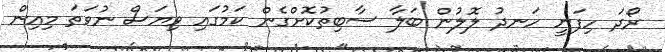
ރޯދަ ހިފަނީ ހަނދު ލޮލުން ބަލާ ސާބިތުކޮށްގެން ކަމުގައި ވިޔަސް ނުވަތަ މިއިން